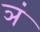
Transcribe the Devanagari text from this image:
ञं